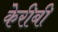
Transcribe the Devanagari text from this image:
केरीबी